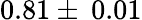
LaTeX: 0.81\pm\: 0.01